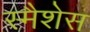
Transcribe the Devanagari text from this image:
स्मैशेस